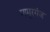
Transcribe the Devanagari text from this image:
मामूरगंज